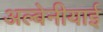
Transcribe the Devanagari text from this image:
अल्बेनीयाई